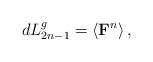
LaTeX: \begin{align*}dL_{2n-1}^{g}=\left\langle \mbox{{\bf F}}^{n}\right\rangle , \end{align*}